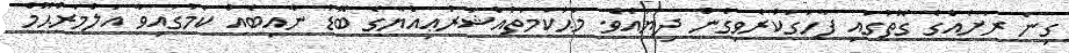
ގިނަ ރަށެއްގެ ގޮތުގައި ފާހަގަކުރެވިގެން ދިޔައެވެ. މަޙުކަމަތުއްޝަރުޢިއްޔާގެ ބޮޑު ނާއިބެއް ކަމުގައިވާ އަލްމަރްޙޫމް